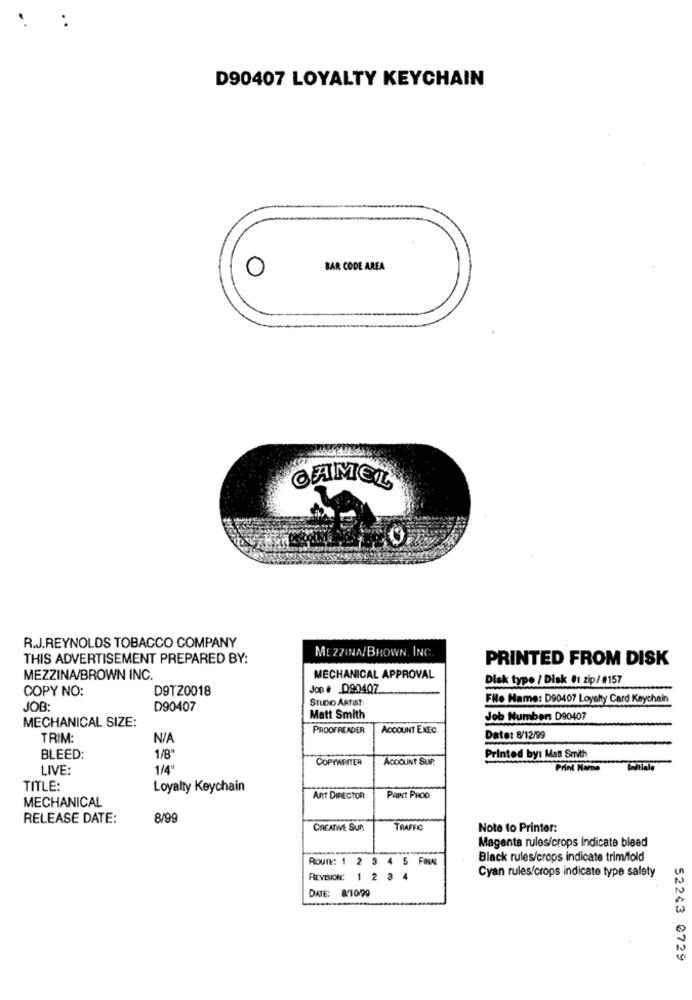
D90407 LOYALTY KEYCHAIN
O
BAR CODE AREA
CAMEL
R.J.REYNOLDS TOBACCO COMPANY
MEZZINA/BROWN, INC.
THIS ADVERTISEMENT PREPARED BY:
PRINTED FROM DISK
MEZZINA/BROWN INC.
MECHANICAL APPROVAL
Disk type / Disk #1 zip/ #157
COPY NO:
D9TZ0018
Jon # D90407
STUDIO ARTIST
File Name: D90407 Loyalty Card Keychain
JOB:
D90407
MECHANICAL SIZE:
Matt Smith
Job Number D90407
PROOFREADER
ACCOUNT EXEC
TRIM:
Date: 8/12/99
1/8"
BLEED:
COPYWRITER
ACCOUNT SUP.
Printed by: Matt Smith
LIVE:
1/4
Print Kame
TITLE:
Loyalty Keychain
MECHANICAL
ART DIRECTOR
Pant PROO
RELEASE DATE:
8/99
CREATIVE SUR
TRAFFIC
Note to Printer:
Magenta rules/crops Indicate bleed
Route: 1 2 3 4 5 FINAL
Black rules/crops indicate trim/fold
REVISION: 1 2 3 4
Cyan rules/crops indicate type safety
DATE: 8/10/99
52243 0729